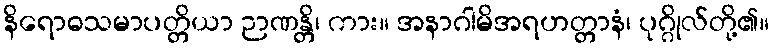
နိရောဓသမာပတ္တိယာ ဉာဏန္တိ၊ ကား။ အနာဂါမိအရဟတ္တာနံ၊ ပုဂ္ဂိုလ်တို့၏။